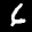
Label: 6